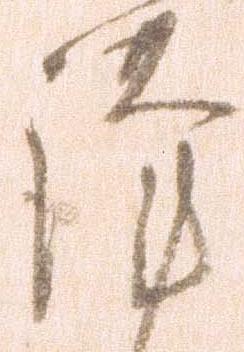
謹